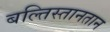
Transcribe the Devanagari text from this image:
बल्तिस्तानतान